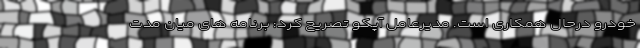
خودرو درحال همکاری است. مدیرعامل آپکو تصریح کرد: برنامه های میان مدت